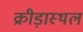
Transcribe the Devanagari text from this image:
क्रीड़ास्‍थल